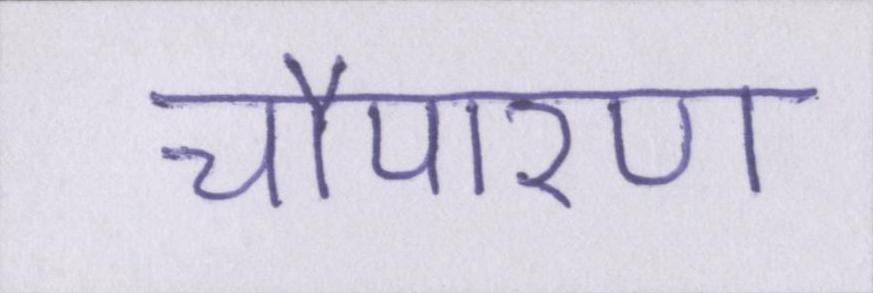
चौपारण